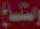
واستماع